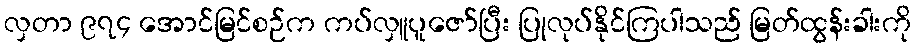
လှတာ ၉၇၄ အောင်မြင်စဉ်က ကပ်လှူပူဇော်ပြီး ပြုလုပ်နိုင်ကြပါသည် မြတ်ထွန်းခါးကို